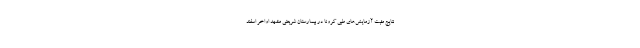
نتایج مثبت آزمایش‌های طبی کرونا در بیمارستان شریعتی مشهد اواخر اسفند